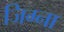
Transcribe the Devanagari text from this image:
जिग्ना